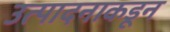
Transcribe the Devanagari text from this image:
उत्पादनाकडून